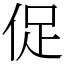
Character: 促